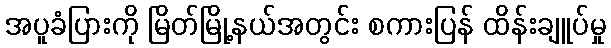
အပူခံပြားကို မြိတ်မြို့နယ်အတွင်း စကားပြန် ထိန်းချူပ်မှု